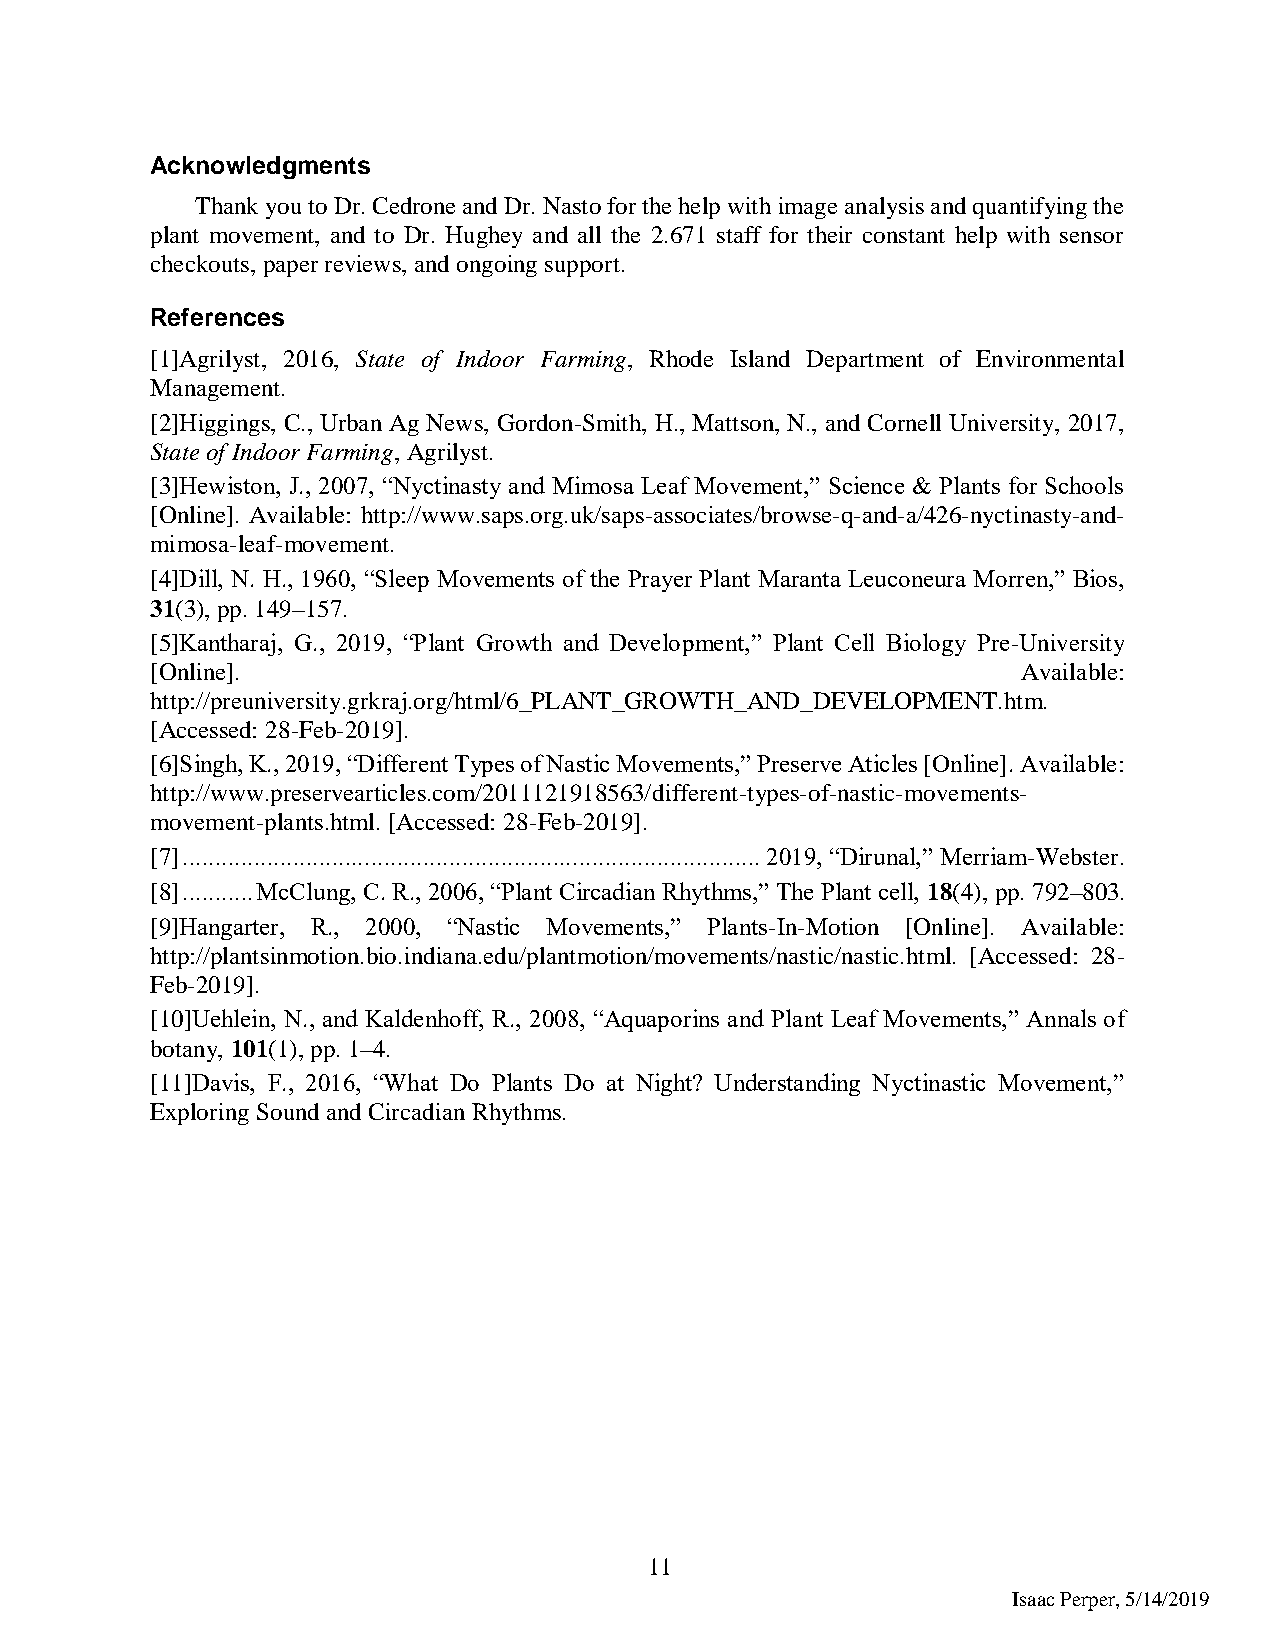
Acknowledgments
 Thank you to Dr. Cedrone and Dr. Nasto for the help with image analysis and quantifying the
 plant movement, and to Dr. Hughey and all the 2.671 staff for their constant help with sensor
 checkouts, paper reviews, and ongoing support.
 References
 [1]Agrilyst, 2016, State of Indoor Farming, Rhode Island Department of Environmental
 Management.
 [2]Higgings, C., Urban Ag News, Gordon-Smith, H., Mattson, N., and Cornell University, 2017,
 State of Indoor Farming, Agrilyst.
 [3]Hewiston, J., 2007, “Nyctinasty and Mimosa Leaf Movement,” Science & Plants for Schools
 [Online]. Available: http://www.saps.org.uk/saps-associates/browse-q-and-a/426-nyctinasty-and-
 mimosa-leaf-movement.
 [4]Dill, N. H., 1960, “Sleep Movements of the Prayer Plant Maranta Leuconeura Morren,” Bios,
 31(3), pp. 149–157.
 [5]Kantharaj, G., 2019, “Plant Growth and Development,” Plant Cell Biology Pre-University
 [Online].                                                 Available:
 http://preuniversity.grkraj.org/html/6_PLANT_GROWTH_AND_DEVELOPMENT.htm.
 [Accessed: 28-Feb-2019].
 [6]Singh, K., 2019, “Different Types of Nastic Movements,” Preserve Aticles [Online]. Available:
 http://www.preservearticles.com/2011121918563/different-types-of-nastic-movements-
 movement-plants.html. [Accessed: 28-Feb-2019].
 [7] ......................................................................................... 2019, “Dirunal,” Merriam-Webster.
 [8] ........... McClung, C. R., 2006, “Plant Circadian Rhythms,” The Plant cell, 18(4), pp. 792–803.
 [9]Hangarter, R., 2000, “Nastic Movements,” Plants-In-Motion [Online]. Available:
 http://plantsinmotion.bio.indiana.edu/plantmotion/movements/nastic/nastic.html. [Accessed: 28-
 Feb-2019].
 [10]Uehlein, N., and Kaldenhoff, R., 2008, “Aquaporins and Plant Leaf Movements,” Annals of
 botany, 101(1), pp. 1–4.
 [11]Davis, F., 2016, “What Do Plants Do at Night? Understanding Nyctinastic Movement,”
 Exploring Sound and Circadian Rhythms.
 11
 Isaac Perper, 5/14/2019